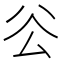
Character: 𠫥